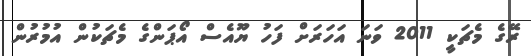
ރޭގެ މެޗަކީ 2011 ވަނަ އަހަރަށް ފަހު ޔޫއެސް އޯޕަންގެ މެޗަކުން އުމުރުން